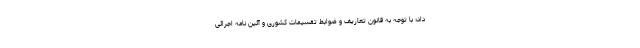
داد؛ با توجه به قانون تعاریف و ضوابط تقسیمات کشوری و آئین نامه اجرائی